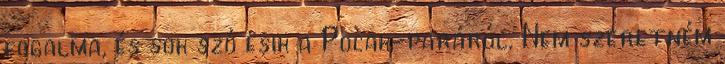
fogalma, és sok szó esik a Pocak-paráról. Nem szeretném